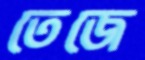
তেজে